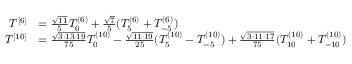
\begin{array} { r l } { T ^ { [ 6 ] } } & { = \frac { \sqrt { 1 1 } } { 5 } T _ { 0 } ^ { ( 6 ) } + \frac { \sqrt { 7 } } { 5 } ( T _ { 5 } ^ { ( 6 ) } + T _ { - 5 } ^ { ( 6 ) } ) } \\ { T ^ { [ 1 0 ] } } & { = \frac { \sqrt { 3 \cdot 1 3 \cdot 1 9 } } { 7 5 } T _ { 0 } ^ { ( 1 0 ) } - \frac { \sqrt { 1 1 \cdot 1 9 } } { 2 5 } ( T _ { 5 } ^ { ( 1 0 ) } - T _ { - 5 } ^ { ( 1 0 ) } ) + \frac { \sqrt { 3 \cdot 1 1 \cdot 1 7 } } { 7 5 } ( T _ { 1 0 } ^ { ( 1 0 ) } + T _ { - 1 0 } ^ { ( 1 0 ) } ) } \end{array}